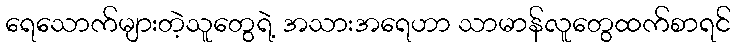
ရေသောက်များတဲ့သူတွေရဲ့ အသားအရေဟာ သာမာန်လူတွေထက်စာရင်